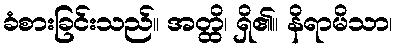
ခံစားခြင်းသည်။ အတ္ထိ၊ ရှိ၏။ နိရာမိသာ၊